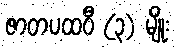
ဇာတပထဝီ (၃) မျိုး